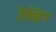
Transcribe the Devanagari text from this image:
रैब्किन